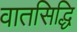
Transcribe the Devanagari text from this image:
वातसिद्धि